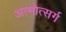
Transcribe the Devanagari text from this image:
अत्मोत्सर्ग